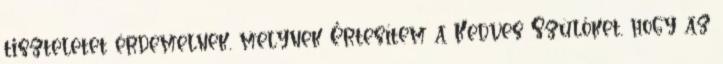
tiszteletet érdemelnek, melynek Értesítem a Kedves Szülőket, hogy az